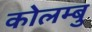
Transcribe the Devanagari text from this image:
कोलम्बु